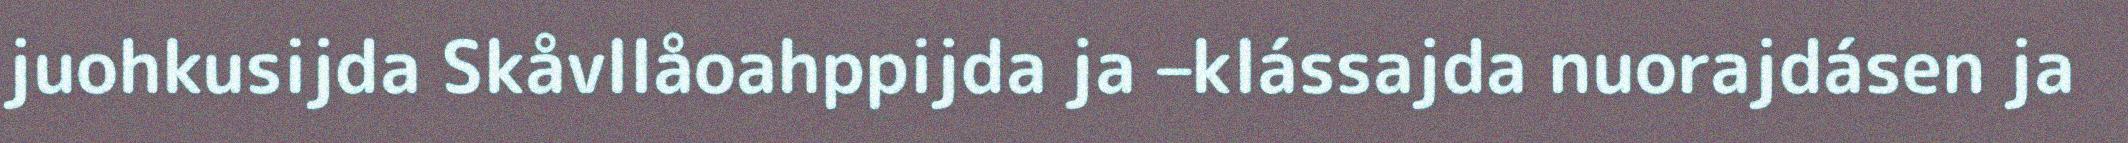
juohkusijda Skåvllåoahppijda ja –klássajda nuorajdásen ja